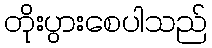
တိုးပွားစေပါသည်